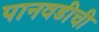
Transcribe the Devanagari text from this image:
पानवडीची